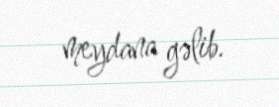
meydana gəlib.